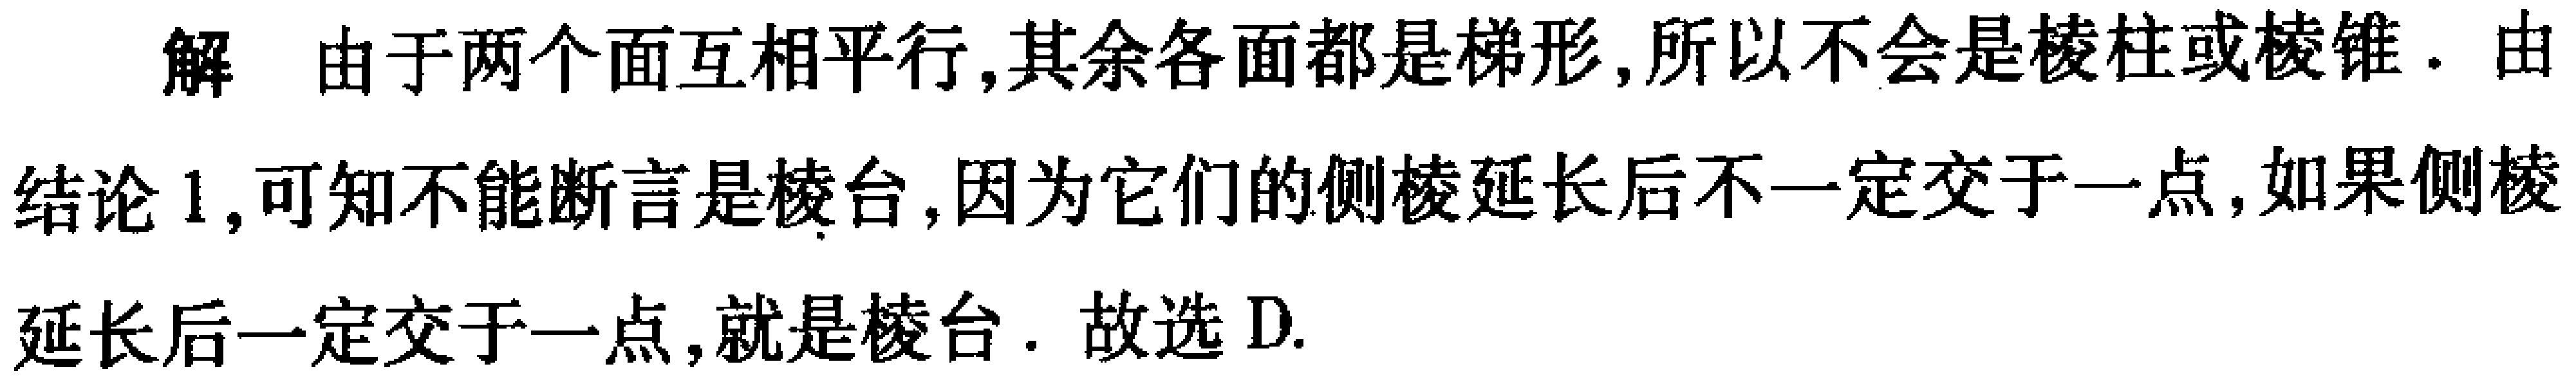
解 由于两个面互相平行,其余各面都是梯形,所以不会是棱柱或棱锥. 由
结论 1,可知不能断言是棱台,因为它们的侧棱延长后不一定交于一点,如果侧棱
延长后一定交于一点,就是棱台. 故选 D.